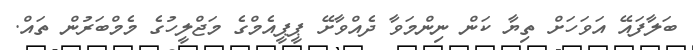
ބަލާފައޭ އަވަހަށް ތިޔާ ކަން ނިންމަވާ ދެއްވާށޭ ޕީޕީއެމްގެ މަޖްލީހުގެ މެމްބަރުން ތައް.